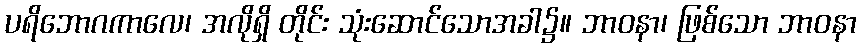
ပရိဘောဂကာလေ၊ အလိုရှိ တိုင်း သုံးဆောင်သောအခါ၌။ ဘာဝနာ၊ ဖြစ်သော ဘာဝနာ